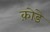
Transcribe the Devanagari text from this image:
क़ोडे